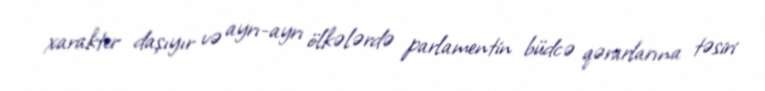
xarakter daşıyır və ayrı-ayrı ölkələrdə parlamentin büdcə qərarlarına təsiri